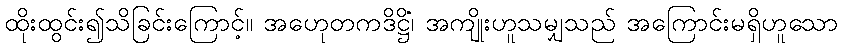
ထိုးထွင်း၍သိခြင်းကြောင့်။ အဟေုတကဒိဋ္ဌိံ၊ အကျိုးဟူသမျှသည် အကြောင်းမရှိဟူသော